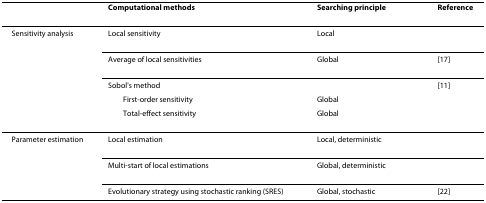
<table><thead><tr><td></td><td><b>Computational methods</b></td><td><b>Searching principle</b></td><td><b>Reference</b></td></tr></thead><tbody><tr><td>Sensitivity analysis</td><td>Local sensitivity</td><td>Local</td><td></td></tr><tr><td></td><td>Average of local sensitivities</td><td>Global</td><td>[17]</td></tr><tr><td></td><td>Sobol&#x27;s method</td><td></td><td>[11]</td></tr><tr><td></td><td> First-order sensitivity</td><td>Global</td><td></td></tr><tr><td></td><td> Total-effect sensitivity</td><td>Global</td><td></td></tr><tr><td>Parameter estimation</td><td>Local estimation</td><td>Local, deterministic</td><td></td></tr><tr><td></td><td>Multi-start of local estimations</td><td>Global, deterministic</td><td></td></tr><tr><td></td><td>Evolutionary strategy using stochastic ranking (SRES)</td><td>Global, stochastic</td><td>[22]</td></tr></tbody></table>